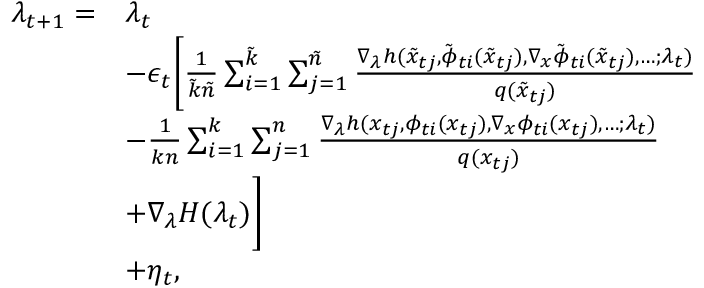
\begin{array} { r l } { \lambda _ { t + 1 } = } & { \lambda _ { t } } \\ & { - \epsilon _ { t } \Bigg [ \frac { 1 } { \tilde { k } \tilde { n } } \sum _ { i = 1 } ^ { \tilde { k } } \sum _ { j = 1 } ^ { \tilde { n } } \frac { \nabla _ { \lambda } h ( \tilde { x } _ { t j } , \tilde { \phi } _ { t i } ( \tilde { x } _ { t j } ) , \nabla _ { x } \tilde { \phi } _ { t i } ( \tilde { x } _ { t j } ) , \dots ; \lambda _ { t } ) } { q ( \tilde { x } _ { t j } ) } } \\ & { - \frac { 1 } { k n } \sum _ { i = 1 } ^ { k } \sum _ { j = 1 } ^ { n } \frac { \nabla _ { \lambda } h ( x _ { t j } , \phi _ { t i } ( x _ { t j } ) , \nabla _ { x } \phi _ { t i } ( x _ { t j } ) , \dots ; \lambda _ { t } ) } { q ( x _ { t j } ) } } \\ & { + \nabla _ { \lambda } H ( \lambda _ { t } ) \Bigg ] } \\ & { + \eta _ { t } , } \end{array}